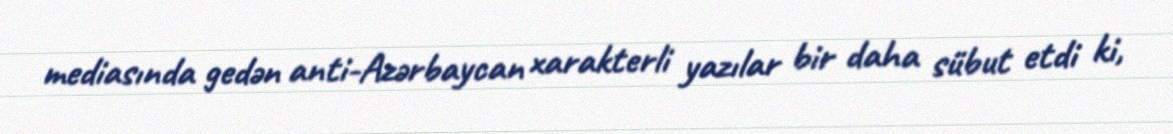
mediasında gedən anti-Azərbaycan xarakterli yazılar bir daha sübut etdi ki,